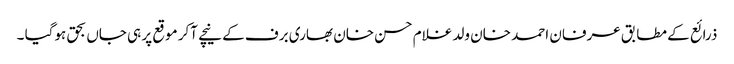
ذرائع کے مطابق عرفان احمد خان ولد غلام حسن خان بھاری برف کے نیچے آکر موقع پر ہی جاں بحق ہوگیا ۔